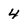
Character: 4